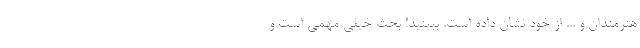
هنرمندان و ... از خود نشان داده است. ببینید! بحثِ خیلی مهمی است و